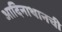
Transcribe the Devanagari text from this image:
आदिनाथानची